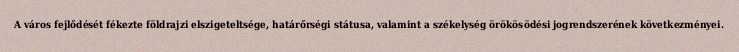
A város fejlődését fékezte földrajzi elszigeteltsége, határőrségi státusa, valamint a székelység örökösödési jogrendszerének következményei.